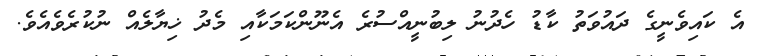
އެ ކައިވެނީގެ ދައުވަތު ކާޑު ހެދުނު ލިބުނީއްސުރެ އެނޫންކަމަކާއި މެދު ޚިޔާލެއް ނުކުރެވެއެވެ.